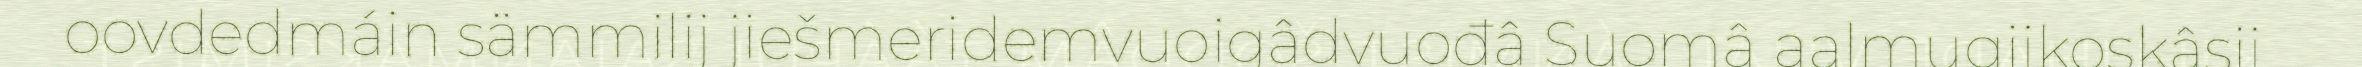
oovdedmáin sämmilij jiešmeridemvuoigâdvuođâ Suomâ aalmugijkoskâsij